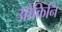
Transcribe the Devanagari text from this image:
ओकिनि